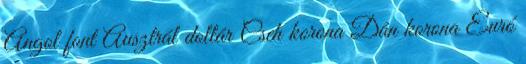
Angol font Ausztrál dollár Cseh korona Dán korona Euró